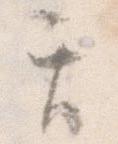
天